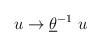
LaTeX: \begin{align*}u \rightarrow \underline{\theta} ^{-1} ~u\end{align*}